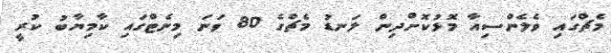
މެޗްގައި ވެލެންސިއާ މޮޅުކޮށްދިން ލަނޑު މެޗްގެ 80 ވަނަ މިނެޓްގައި ކާމިޔާބު ކުރީ